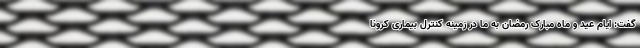
گفت: ایام عید و ماه مبارک رمضان به ما در زمینه کنترل بیماری کرونا